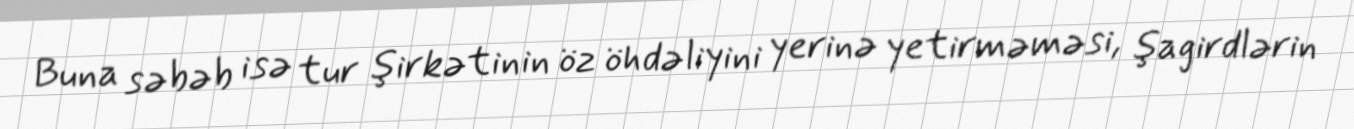
Buna səbəb isə tur şirkətinin öz öhdəliyini yerinə yetirməməsi, şagirdlərin